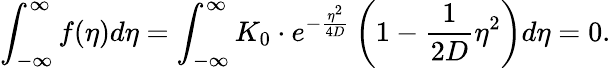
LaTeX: \int_{-\infty}^{\infty}f(\eta)d\eta=\int_{-\infty}^{\infty}K_{0}\cdot e^{-\frac{\eta^{2}}{4D}}\left(1-\frac{1}{2D}\eta^{2}\right)d\eta=0.